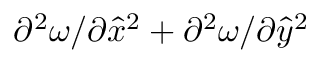
\partial ^ { 2 } \omega / \partial { \hat { x } } ^ { 2 } + \partial ^ { 2 } \omega / \partial { \hat { y } } ^ { 2 }